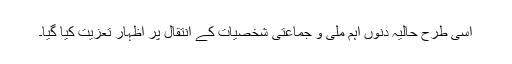
اسی طرح حالیہ دنوں اہم ملی و جماعتی شخصیات کے انتقال پر اظہار تعزیت کیا گیا۔